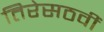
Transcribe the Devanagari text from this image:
तिरेसठवीं